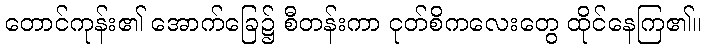
တောင်ကုန်း၏ အောက်ခြေ၌ စီတန်းကာ ငုတ်စိကလေးတွေ ထိုင်နေကြ၏။